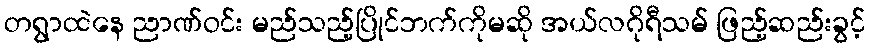
တရွာထဲနေ ညာဏ်ဝင်း မည်သည့်ပြိုင်ဘက်ကိုမဆို အယ်လဂိုရီသမ် ဖြည့်ဆည်းခွင့်